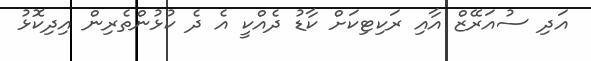
އަދި ސުއަރޭޒް އާއި ރަކިޓިކަށް ކާޑު ދެއްކީ އެ ދެ ކުޅުންތެރިން އިދިކޮޅު